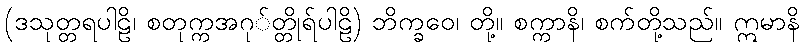
(ဒသုတ္တရပါဠိ၊ စတုက္ကအဂု်တ္တိုရ်ပါဠိ) ဘိက္ခဝေ၊ တို့။ စက္ကာနိ၊ စက်တို့သည်။ ဣမာနိ